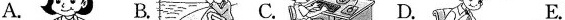
A. B. C. D. E.